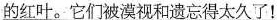
\underline{去，探抚那故乡的红叶。它们被漠视和遗忘得太久了！}